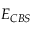
E _ { C B S }